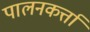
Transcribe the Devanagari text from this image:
पालनकर्त्ता